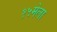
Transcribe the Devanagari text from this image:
१५मेला